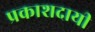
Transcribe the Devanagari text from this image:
प्रकाशदायी